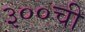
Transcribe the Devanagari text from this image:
३००ची